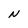
Character: N